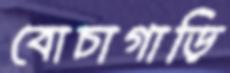
বোচাগাড়ি